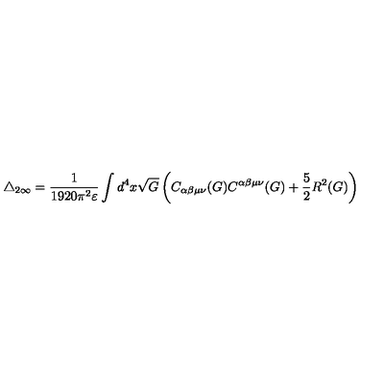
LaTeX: \triangle _ { 2 \infty } = \frac { 1 } { 1 9 2 0 \pi ^ { 2 } \varepsilon } \int d ^ { 4 } x \sqrt { G } \left( C _ { \alpha \beta \mu \nu } ( G ) C ^ { \alpha \beta \mu \nu } ( G ) + \frac { 5 } { 2 } R ^ { 2 } ( G ) \right)